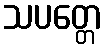
သပတ္တေ